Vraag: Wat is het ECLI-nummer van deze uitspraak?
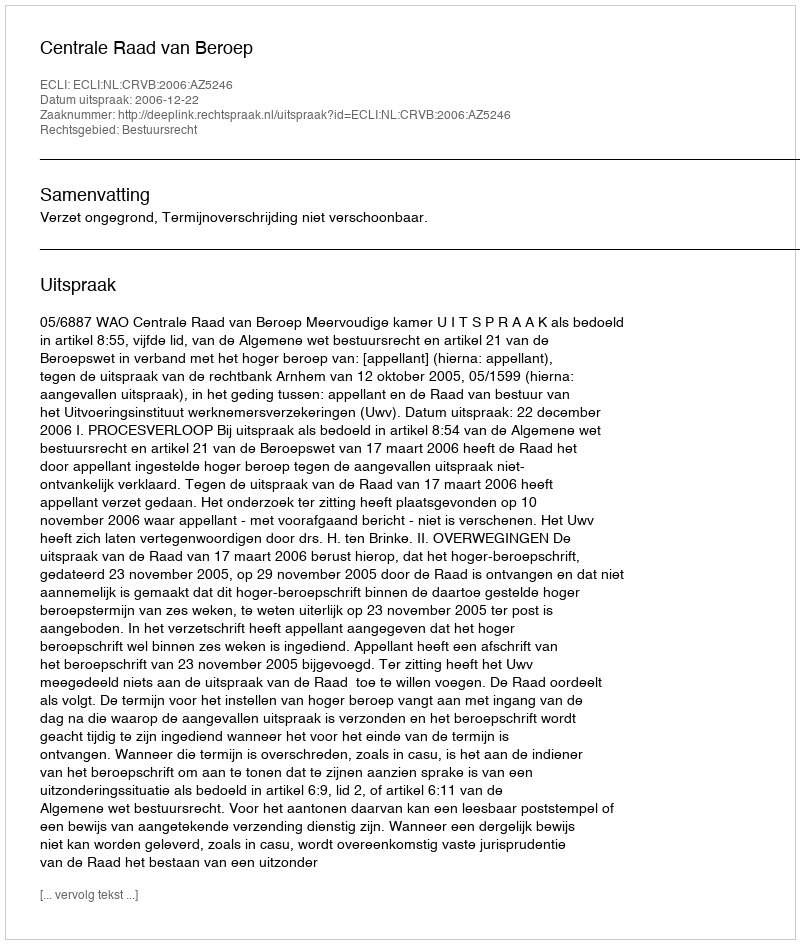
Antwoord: ECLI:NL:CRVB:2006:AZ5246